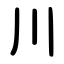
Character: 川